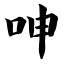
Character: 呻